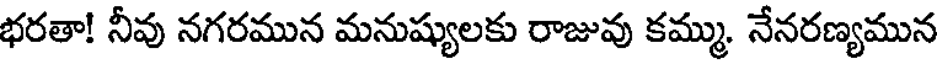
భరతా! నీవు నగరమున మనుష్యులకు రాజువు కమ్ము. నేనరణ్యమున